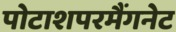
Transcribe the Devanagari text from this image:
पोटाशपरमैंगनेट